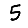
Digit: 5